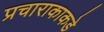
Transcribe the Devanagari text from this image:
प्रचाराकाकडे